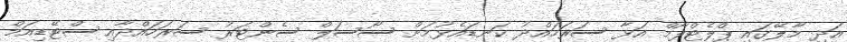
އަދި މާލޭގައި ޕްލެޓްފޯމް އަޅާ ސަރަހައްދު ކަނޑައެޅުމަށް ސޯސަލް ސެންޓަރު ސަރަހައްދާއި ސްޓޭޑިއަމް